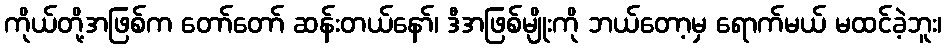
ကိုယ်တို့အဖြစ်က တော်တော် ဆန်းတယ်နော်၊ ဒီအဖြစ်မျိုးကို ဘယ်တော့မှ ရောက်မယ် မထင်ခဲ့ဘူး၊